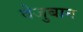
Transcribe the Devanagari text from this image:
वेजुबान